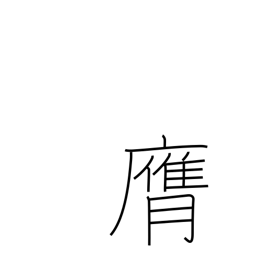
Meaning: strike